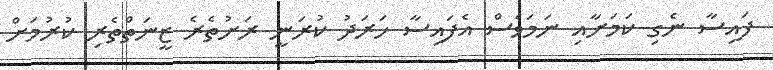
ފައިސާ ނެގި ކަމަށާއި ނަމަވެސް އެފައިސާ ހަރަދު ކުރަނީ ރަށުތެރެ ޒީނަތްތެރި ކުރުމަށް